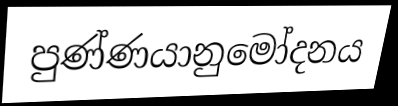
පුණ්ණයානුමෝදනය